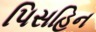
પિસહિન